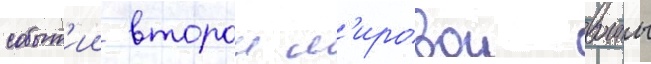
событ'ии второи м'ировои воины